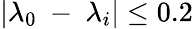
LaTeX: \left|{{\lambda}_{0}}\mathrm{~-~}{{\lambda}_{i}}\right|\le 0.2